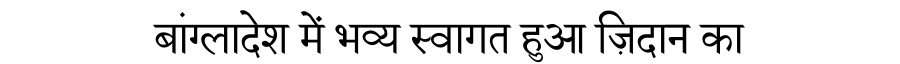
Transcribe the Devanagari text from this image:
बांग्लादेश में भव्य स्वागत हुआ ज़िदान का